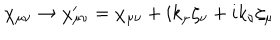
\chi _ { \mu \nu } \rightarrow \chi _ { \mu \nu } ^ { \prime } = \chi _ { \mu \nu } + i k _ { \mu } \zeta _ { \nu } + i k _ { \nu } \zeta _ { \mu }